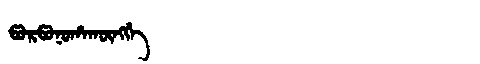
Manchu: ᡦᠣᡵᡦᠣᠨᠣᡥᠠᡴᡡᠩᡤᡝ
Romanization: PORPONOHAKŪNGGE